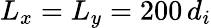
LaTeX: L_{x}=L_{y}=200\, d_{i}